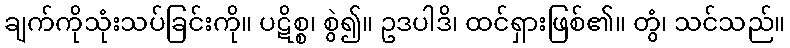
ချက်ကိုသုံးသပ်ခြင်းကို။ ပဋိစ္စ၊ စွဲ၍။ ဥဒပါဒိ၊ ထင်ရှားဖြစ်၏။ တွံ၊ သင်သည်။